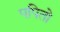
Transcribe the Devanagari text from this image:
पपितो